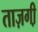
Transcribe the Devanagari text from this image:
ताज़गी़